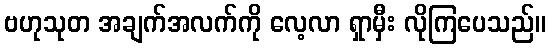
ဗဟုသုတ အချက်အလက်ကို လေ့လာ ရှာမှီး လိုကြပေသည်။